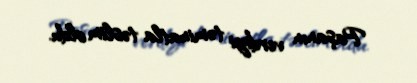
Paşanın verdiyi təminatla təslim oldu.